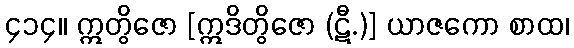
၄၁၄။ ဣတွိဇော [ဣဒိတွိဇော (ဋီ.)] ယာဇကော စာထ၊